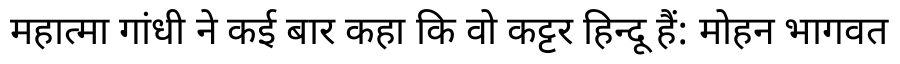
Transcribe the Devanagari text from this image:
महात्मा गांधी ने कई बार कहा कि वो कट्टर हिन्दू हैं: मोहन भागवत